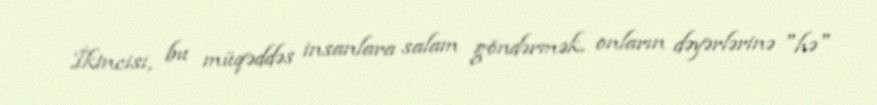
İkincisi, bu müqəddəs insanlara salam göndərmək, onların dəyərlərinə "hə"